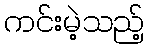
ကင်းမဲ့သည့်